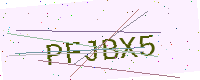
Text: PFJBX5